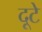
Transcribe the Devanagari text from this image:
दूटे